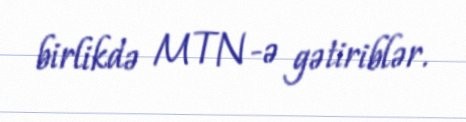
birlikdə MTN-ə gətiriblər.